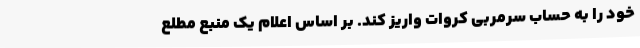
خود را به حساب سرمربی کروات واریز کند. بر اساس اعلام یک منبع مطلع